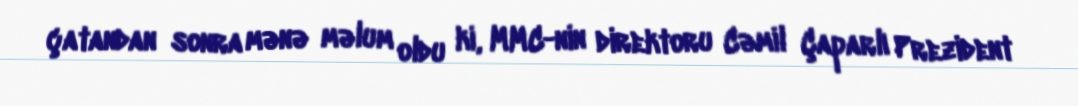
çatandan sonra mənə məlum oldu ki, MMC-nin direktoru Cəmil Çaparlı Prezident